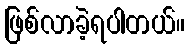
ဖြစ်လာခဲ့ရပါတယ်။